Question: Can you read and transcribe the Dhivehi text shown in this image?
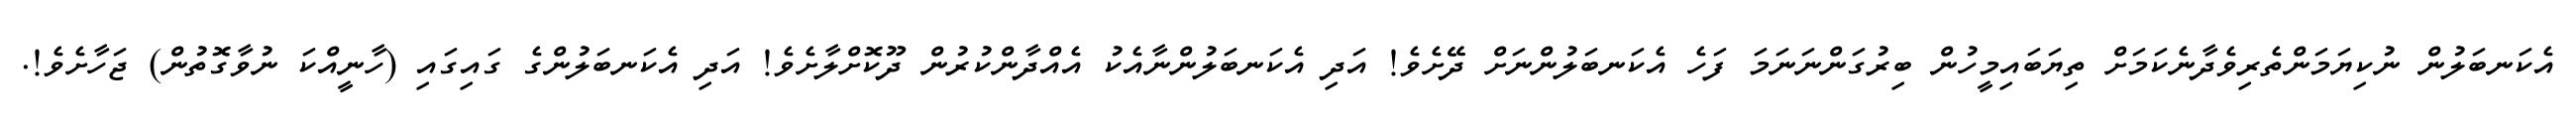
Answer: އެކަނބަލުން ނުކިޔަމަންތެރިވެދާނެކަމަށް ތިޔަބައިމީހުން ބިރުގަންނަނަމަ ފަހެ އެކަނބަލުންނަށް ދޭށެވެ! އަދި އެކަނބަލުންނާއެކު އެއްދާންކުރުން ދޫކޮށްލާށެވެ! އަދި އެކަނބަލުންގެ ގައިގައި (ހާނީއްކަ ނުވާގޮތުން) ޖަހާށެވެ!.